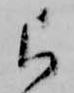
ら